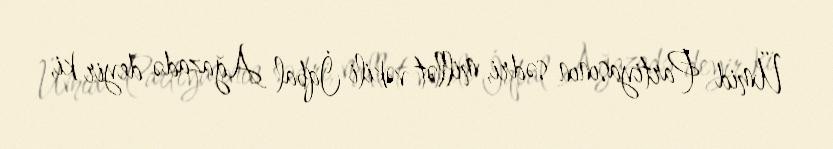
Ümid Partiyasının sədri, millət vəkili İqbal Ağazadə deyir ki,